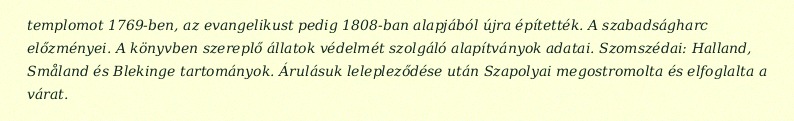
templomot 1769-ben, az evangelikust pedig 1808-ban alapjából újra építették. A szabadságharc előzményei. A könyvben szereplő állatok védelmét szolgáló alapítványok adatai. Szomszédai: Halland, Småland és Blekinge tartományok. Árulásuk lelepleződése után Szapolyai megostromolta és elfoglalta a várat.